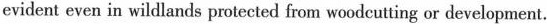
evident even in wildlands protected from woodcutting or development.